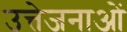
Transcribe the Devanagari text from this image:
उत्तेजनाआें